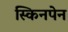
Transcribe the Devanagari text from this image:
स्किनपेन